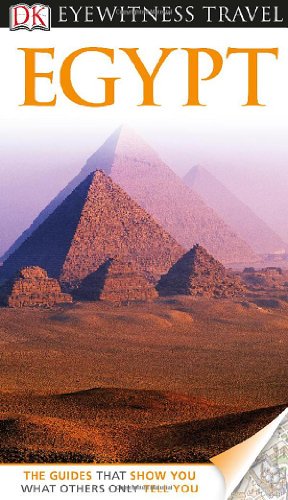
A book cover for DK Eyewitness Travel Guide: Egypt; DK Publishing; Travel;